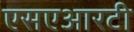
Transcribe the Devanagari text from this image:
एसएआरटी